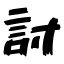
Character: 討